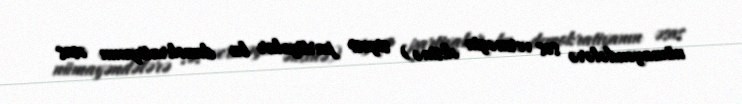
nümayəndələrə səs verməyin əksinə) siyasi partiyalar bu demokratiyanın əsas